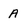
Character: A